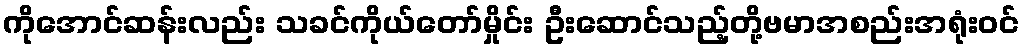
ကိုအောင်ဆန်းလည်း သခင်ကိုယ်တော်မှိုင်း ဦးဆောင်သည့်တို့ဗမာအစည်းအရုံးဝင်